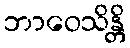
ဘာဝေသိန္တိ